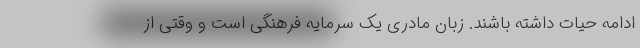
ادامه حیات داشته باشند. زبان مادری یک سرمایه فرهنگی است و وقتی از